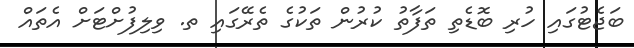
ބަޖެޓުގައި ހުރި ބޮޑެތި ތަފާތު ކުރުން ތަކުގެ ތެރޭގައި ތ. ވިލިފުށްޓަށް އެތައް